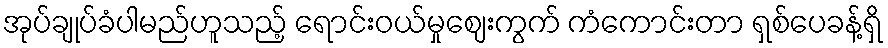
အုပ်ချုပ်ခံပါမည်ဟူသည့် ရောင်းဝယ်မှုဈေးကွက် ကံကောင်းတာ ရှစ်ပေခန့်ရှိ